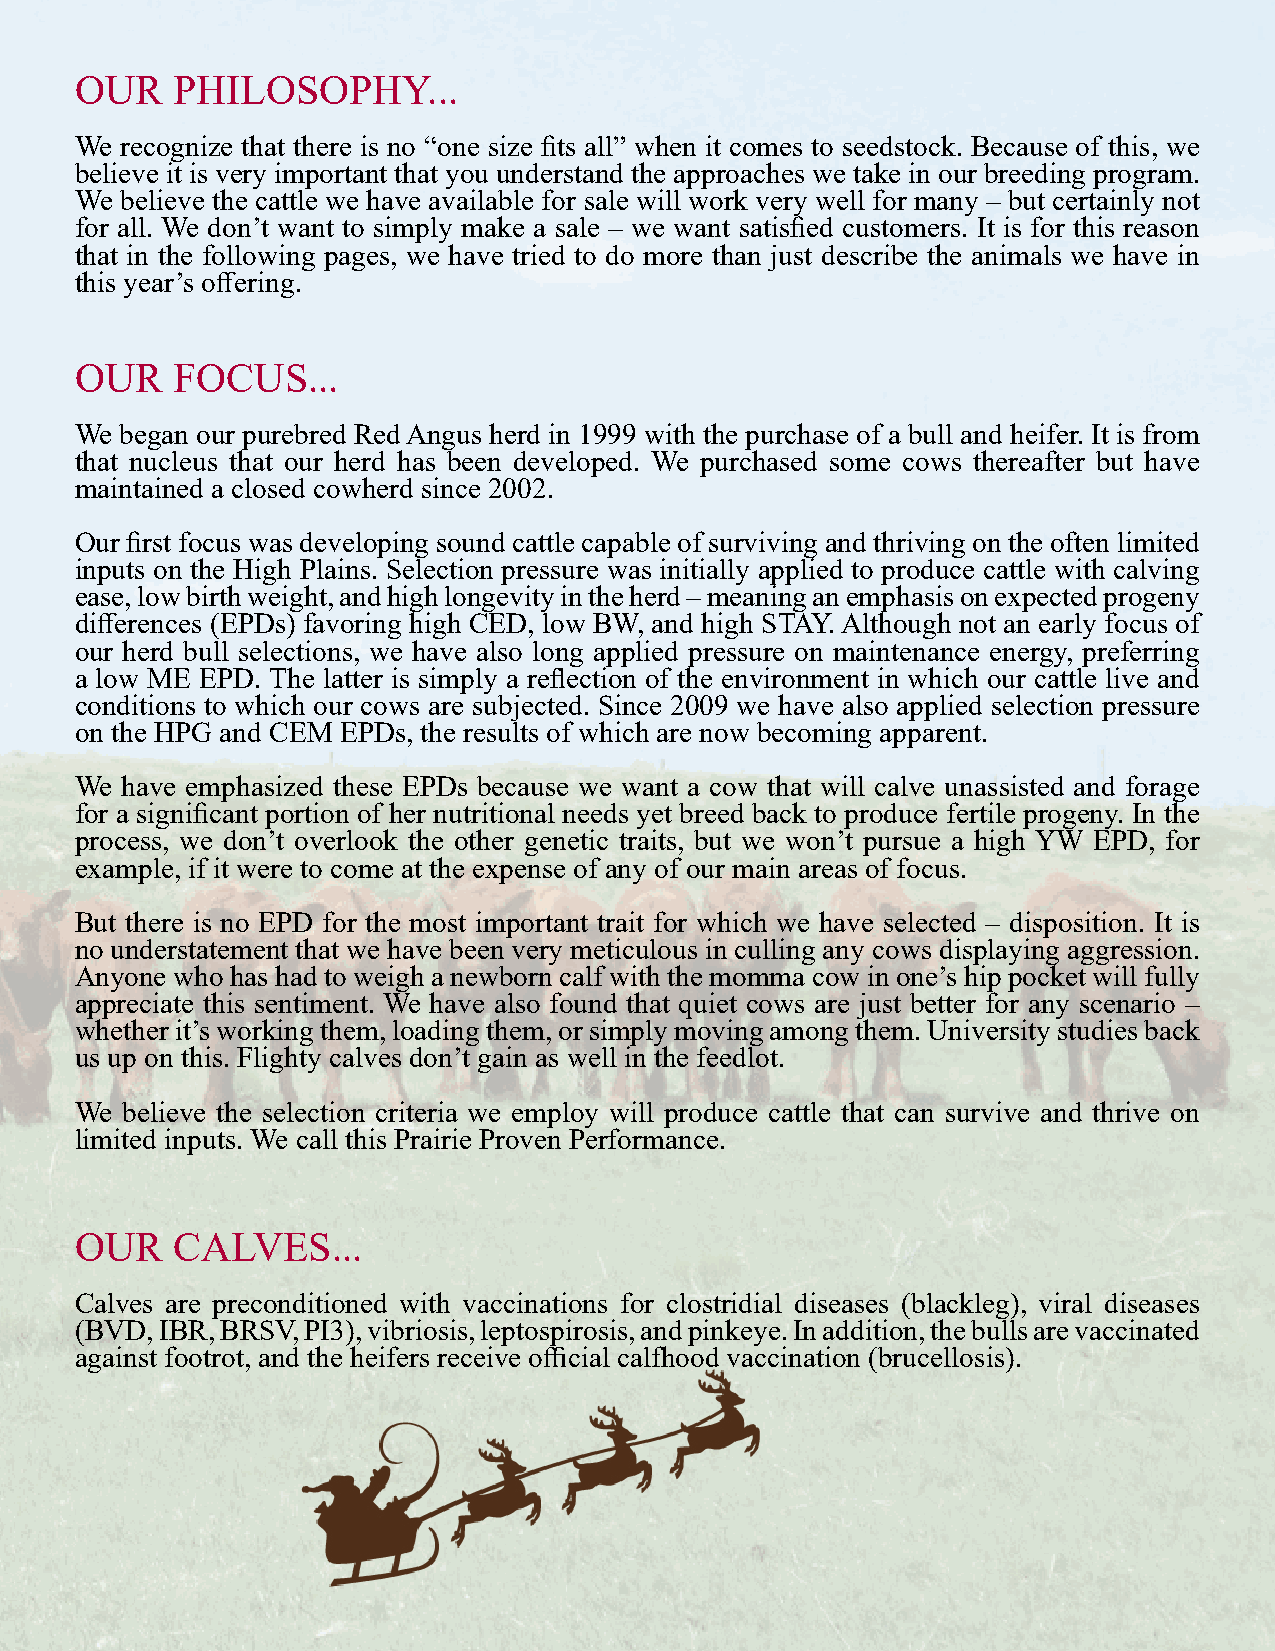
OUR   PHILOSOPHY...
 We recognize that there is no “one size fits all” when it comes to seedstock. Because of this, we
 believe it is very important that you understand the approaches we take in our breeding program.
 We believe the cattle we have available for sale will work very well for many – but certainly not
 for all. We don’t want to simply make a sale – we want satisfied customers. It is for this reason
 that in the following pages, we have tried to do more than just describe the animals we have in
 this year’s offering.
 OUR   FOCUS...
 We began our purebred Red Angus herd in 1999 with the purchase of a bull and heifer. It is from
 that nucleus that our herd has been developed. We purchased some cows thereafter but have
 maintained a closed cowherd since 2002.
 Our first focus was developing sound cattle capable of surviving and thriving on the often limited
 inputs on the High Plains. Selection pressure was initially applied to produce cattle with calving
 ease, low birth weight, and high longevity in the herd – meaning an emphasis on expected progeny
 differences (EPDs) favoring high CED, low BW, and high STAY. Although not an early focus of
 our herd bull selections, we have also long applied pressure on maintenance energy, preferring
 a low ME EPD. The latter is simply a reflection of the environment in which our cattle live and
 conditions to which our cows are subjected. Since 2009 we have also applied selection pressure
 on the HPG and CEM EPDs, the results of which are now becoming apparent.
 We have emphasized these EPDs because we want a cow that will calve unassisted and forage
 for a significant portion of her nutritional needs yet breed back to produce fertile progeny. In the
 process, we don’t overlook the other genetic traits, but we won’t pursue a high YW EPD, for
 example, if it were to come at the expense of any of our main areas of focus.
 But there is no EPD for the most important trait for which we have selected – disposition. It is
 no understatement that we have been very meticulous in culling any cows displaying aggression.
 Anyone who has had to weigh a newborn calf with the momma cow in one’s hip pocket will fully
 appreciate this sentiment. We have also found that quiet cows are just better for any scenario –
 whether it’s working them, loading them, or simply moving among them. University studies back
 us up on this. Flighty calves don’t gain as well in the feedlot.
 We believe the selection criteria we employ will produce cattle that can survive and thrive on
 limited inputs. We call this Prairie Proven Performance.
 OUR   CALVES...
 Calves are preconditioned with vaccinations for clostridial diseases (blackleg), viral diseases
 (BVD, IBR, BRSV, PI3), vibriosis, leptospirosis, and pinkeye. In addition, the bulls are vaccinated
 against footrot, and the heifers receive official calfhood vaccination (brucellosis).